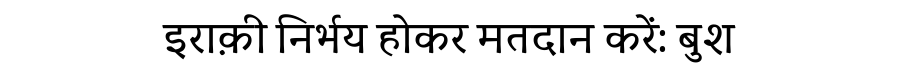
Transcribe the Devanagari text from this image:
इराक़ी निर्भय होकर मतदान करें: बुश